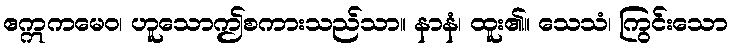
ဧဣကမေဝ၊ ဟူသောဤစကားသည်သာ။ နာနံ၊ ထူး၏။ သေသံ၊ ကြွင်းသော